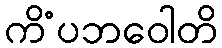
ကိံပဘဝေါတိ